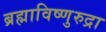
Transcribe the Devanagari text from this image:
ब्रह्माविष्णुरुद्रा